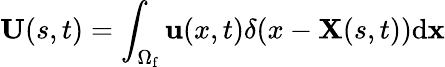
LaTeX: {\mathbf{U}}(s,t)=\int_{{\Omega_{\mathrm{{f}}}}}{\mathbf{u}}(x,t)\delta(x-{\mathbf{X}}(s,t))\mathrm{{d}}{\mathbf{x}}